Annual administration report of the Civil Veterinary Department of India - 1892-1893
Year: 1892
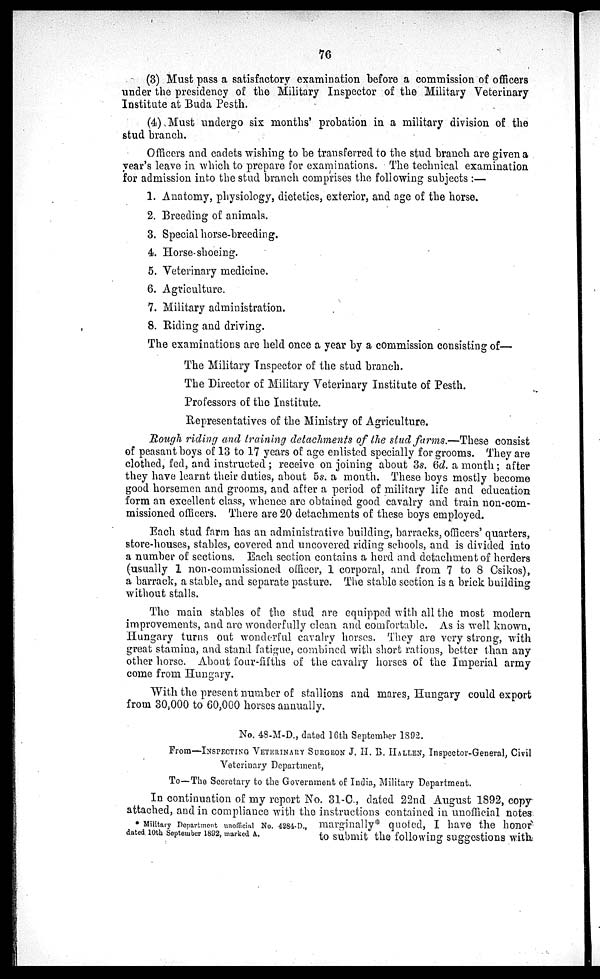
76
(3) Must pass a satisfactory examination before a commission of officers
under the presidency of the Military Inspector of the Military Veterinary
Institute at Buda Pesth.
(4) Must undergo six months' probation in a military division of the
stud branch.
Officers and cadets wishing to be transferred to the stud branch are given a
year's leave in which to prepare for examinations. The technical examination
for admission into the stud branch comprises the following subjects:—
1. Anatomy, physiology, dietetics, exterior, and age of the horse.
2. Breeding of animals.
3. Special horse-breeding.
4. Horse-shoeing.
5. Veterinary medicine.
6. Agriculture.
7. Military administration.
8. Riding and driving.
The examinations are held once a year by a commission consisting of—
The Military Inspector of the stud branch.
The Director of Military Veterinary Institute of Pesth.
Professors of the Institute.
Representatives of the Ministry of Agriculture.
Rough riding and training detachments of the stud farms.—These consist
of peasant boys of 13 to 17 years of age enlisted specially for grooms. They are
clothed, fed, and instructed; receive on joining about 3s. 6d. a month; after
they have learnt their duties, about 5s. a month. These boys mostly become
good horsemen and grooms, and after a period of military life and education
form an excellent class, whence are obtained good cavalry and train non-com-
missioned officers. There are 20 detachments of these boys employed.
Each stud farm has an administrative building, barracks, officers' quarters,
store-houses, stables, covered and uncovered riding schools, and is divided into
a number of sections. Each section contains a herd and detachment of herders
(usually 1 non-commissioned officer, 1 corporal, and from 7 to 8 Csikos),
a barrack, a stable, and separate pasture. The stable section is a brick building
without stalls.
The main stables of the stud are equipped with all the most modern
improvements, and are wonderfully clean and comfortable. As is well known,
Hungary turns out wonderful cavalry horses. They are very strong, with
great stamina, and stand fatigue, combined with short rations, better than any
other horse. About four-fifths of the cavalry horses of the Imperial army
come from Hungary.
With the present number of stallions and mares, Hungary could export
from 30,000 to 60,000 horses annually.
No. 48-M-D., dated 16th September 1892.
From—INSPECSTING VETERINARY SURGEON J. H. B. HALLEN, Inspector-General, Civil
Veterinary Department,
To—The Secretary to the Government of India, Military Department.
* Military Department unofficial No. 4284-D.,
dated 10th September 1892, marked A.
In continuation of my report No. 31-C., dated 22nd August 1892, copy
attached, and in compliance with the instructions contained in unofficial notes
marginally* quoted, I have the honor
to submit the following suggestions with